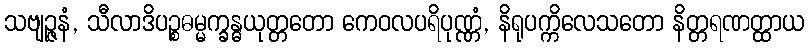
သဗျဉ္ဇနံ, သီလာဒိပဉ္စဓမ္မက္ခန္ဓယုတ္တတော ကေဝလပရိပုဏ္ဏံ, နိရုပက္ကိလေသတော နိတ္တရဏတ္ထာယ